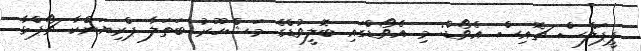
ޕީޕަލްސް ޗޮއިސް އެވޯޑް: މި އެވޯޑްގައި ބޮލީވުޑްގެ މަޝްހޫރު ބަތަލާ ޕްރިޔަންކާ ޗޯޕްޅާ